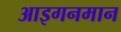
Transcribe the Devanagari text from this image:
आइगनमान